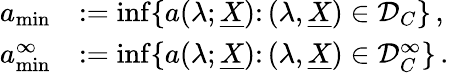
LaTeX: \begin{array}{rl}{a_{\operatorname*{min}}}&{:=\operatorname*{inf}\{ a(\lambda;\underline{X})\colon(\lambda,\underline{X})\in\mathcal{D}_{C}\} \, ,}\\ {a_{\operatorname*{min}}^{\infty}}&{:=\operatorname*{inf}\{ a(\lambda;\underline{X})\colon(\lambda,\underline{X})\in\mathcal{D}_{C}^{\infty}\} \, .}\end{array}